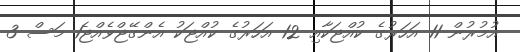
އުމުރުން 11 އަހަރުގެ ކުއްޖަކާއި 12 އަހަރުގެ ކުއްޖަކު އެންގޭޖްވެއްޖެ1 މަސް 3